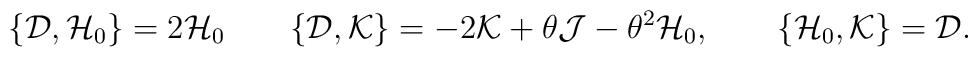
\{{\cal D},{\cal H}_{0}\}=2{\cal H}_{0}	\qquad	\{{\cal D},{\cal K}\}=-2{\cal K}+\theta{\cal J}-\theta^2{\cal H}_{0},	\qquad	\{{\cal H}_{0},{\cal K}\}={\cal D}.